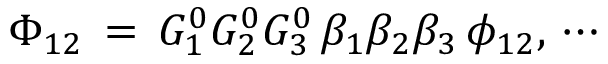
\Phi _ { 1 2 } \, = \, G _ { 1 } ^ { 0 } G _ { 2 } ^ { 0 } G _ { 3 } ^ { 0 } \, \beta _ { 1 } \beta _ { 2 } \beta _ { 3 } \, \phi _ { 1 2 } , \, \cdots